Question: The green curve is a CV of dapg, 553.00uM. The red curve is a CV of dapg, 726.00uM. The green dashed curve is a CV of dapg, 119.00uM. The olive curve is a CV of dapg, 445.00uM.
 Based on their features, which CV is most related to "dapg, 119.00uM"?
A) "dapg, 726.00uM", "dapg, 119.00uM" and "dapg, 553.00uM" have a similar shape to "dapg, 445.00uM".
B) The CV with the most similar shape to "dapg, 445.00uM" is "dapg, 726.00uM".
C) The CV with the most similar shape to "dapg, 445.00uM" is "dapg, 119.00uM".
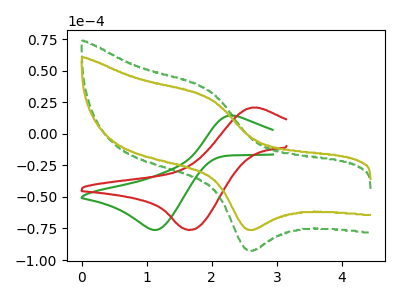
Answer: <think>The green curve "dapg, 553.00uM" has an anodic peak at (2.35V, 14.25uA) and a cathodic peak at (1.15V, -76.20uA). The red curve "dapg, 726.00uM" has an anodic peak at (2.60V, 20.65uA) and a cathodic peak at (1.65V, -76.20uA). The green dashed curve "dapg, 119.00uM" has an anodic peak at (1.95V, 34.35uA) and a cathodic peak at (2.55V, -92.00uA). The olive curve "dapg, 445.00uM" has an anodic peak at (1.95V, 28.25uA) and a cathodic peak at (2.55V, -75.65uA).
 "dapg, 553.00uM" and "dapg, 726.00uM" have at least one peak that do not match. "dapg, 553.00uM" and "dapg, 119.00uM" have at least one peak that do not match. "dapg, 553.00uM" and "dapg, 445.00uM" have at least one peak that do not match. "dapg, 726.00uM" and "dapg, 119.00uM" have at least one peak that do not match. "dapg, 726.00uM" and "dapg, 445.00uM" have at least one peak that do not match. All the peaks in "dapg, 119.00uM" have a peak in "dapg, 445.00uM" at the same potential. Every peak in "dapg, 119.00uM" is higher than every peak in "dapg, 445.00uM".</think>
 <answer>C) The CV with the most similar shape to "dapg, 445.00uM" is "dapg, 119.00uM".</answer>
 <eval>C</eval>